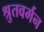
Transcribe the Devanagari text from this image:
श्रुतवर्मन